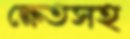
ক্ষেতসহ